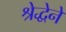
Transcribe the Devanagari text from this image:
श्रेद्धेने